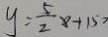
y = \frac { 5 } { 2 } x + 1 5 0